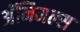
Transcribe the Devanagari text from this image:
अॅनिमल्स